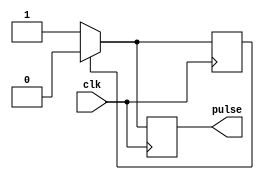
module RisingEdgePulseGenerator (
    input wire clk,
    output reg pulse
);

reg pulse_reg;

always @(posedge clk) begin
    if (!pulse_reg)
        pulse <= 1;
    else
        pulse <= 0;
end

always @(posedge clk) begin
    if (!pulse_reg)
        pulse_reg <= 1;
    else
        pulse_reg <= 0;
end

endmodule